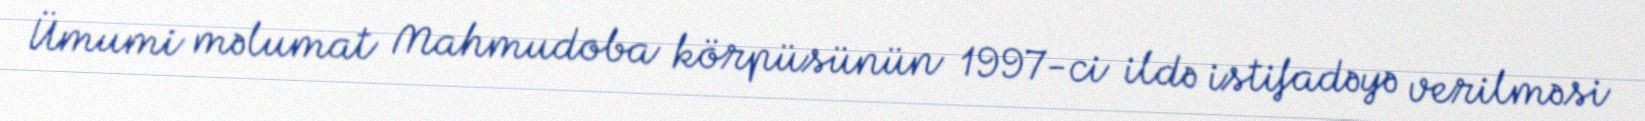
Ümumi məlumat Mahmudoba körpüsünün 1997-ci ildə istifadəyə verilməsi